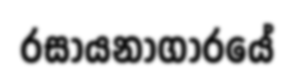
රසායනාගාරයේ